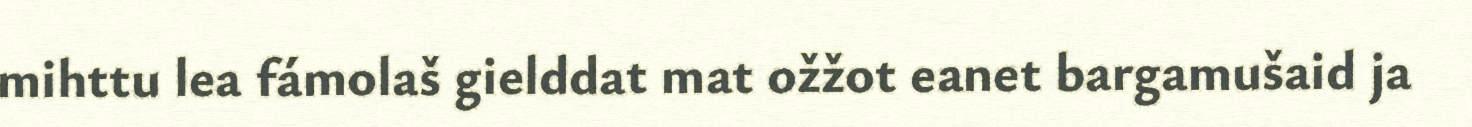
mihttu lea fámolaš gielddat mat ožžot eanet bargamušaid ja